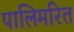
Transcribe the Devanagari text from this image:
पालिमरित